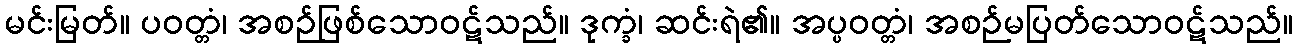
မင်းမြတ်။ ပဝတ္တံ၊ အစဉ်ဖြစ်သောဝဋ်သည်။ ဒုက္ခံ၊ ဆင်းရဲ၏။ အပ္ပဝတ္တံ၊ အစဉ်မပြတ်သောဝဋ်သည်။